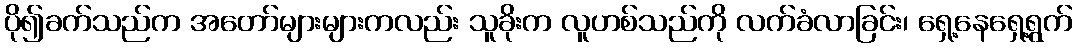
ပို၍ခက်သည်က အတော်များများကလည်း သူခိုးက လူဟစ်သည်ကို လက်ခံလာခြင်း၊ ရှေ့နေရှေ့ရွက်